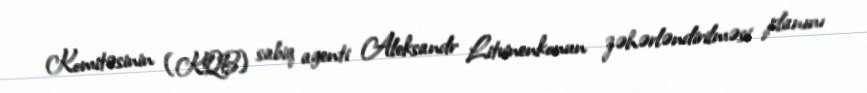
Komitəsinin (KQB) sabiq agenti Aleksandr Litvinenkonun zəhərləndirilməsi planını